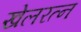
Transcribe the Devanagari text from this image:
खेलरत्‍न